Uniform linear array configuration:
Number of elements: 12
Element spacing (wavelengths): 0.75
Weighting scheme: hann
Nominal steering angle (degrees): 0
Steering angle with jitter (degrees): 0.8151
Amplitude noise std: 0.05
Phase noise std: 0.05

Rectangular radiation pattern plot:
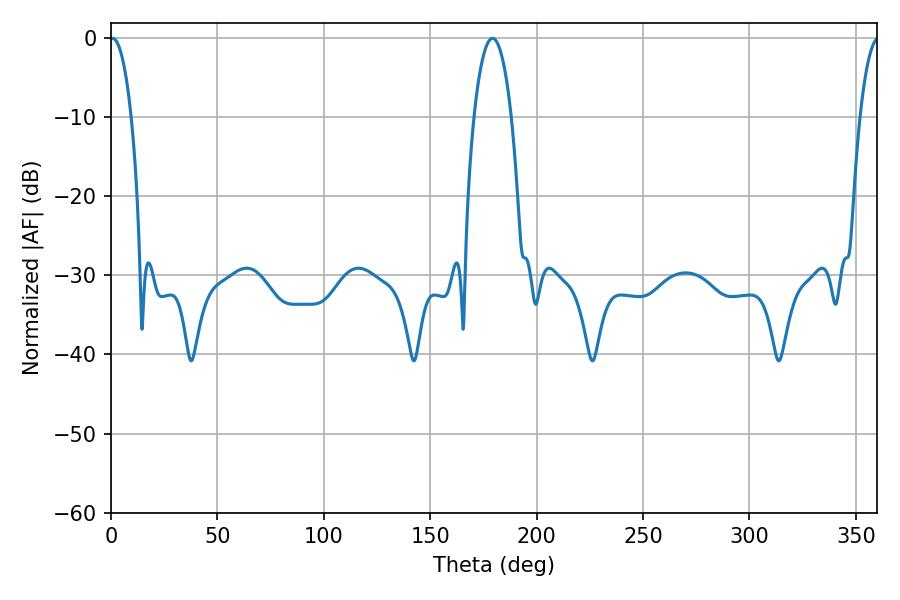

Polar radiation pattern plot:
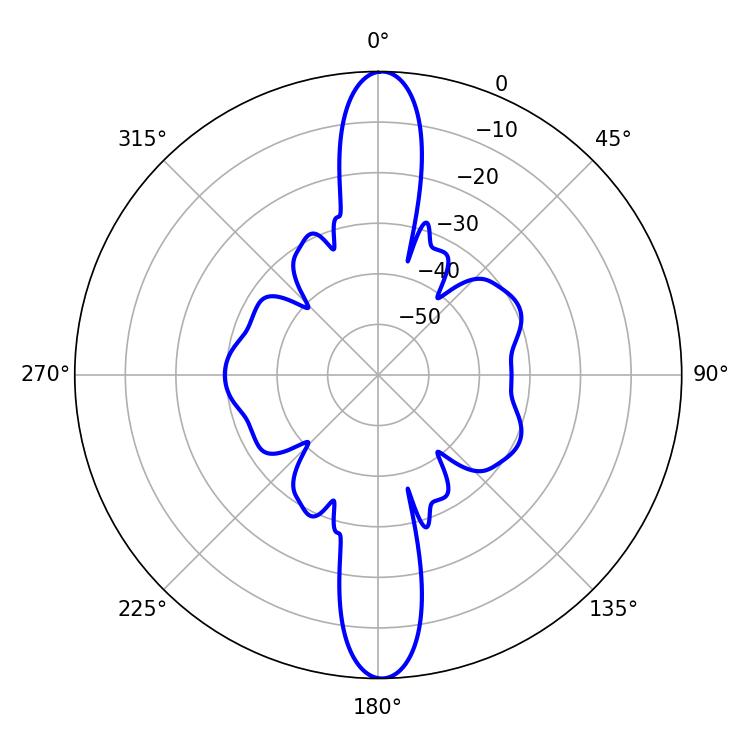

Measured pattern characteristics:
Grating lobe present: TRUE
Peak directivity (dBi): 26.43
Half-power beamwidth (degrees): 5.58
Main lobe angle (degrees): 0.72